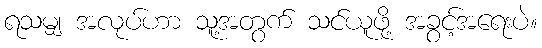
ရသမျှ အလုပ်ဟာ သူ့အတွက် သင်ယူဖို့ အခွင့်အရေးပဲ။